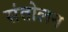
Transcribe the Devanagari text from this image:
संतोलन